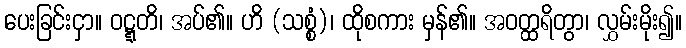
ပေးခြင်းငှာ။ ဝဋ္ဋတိ၊ အပ်၏။ ဟိ (သစ္စံ)၊ ထိုစကား မှန်၏။ အဝတ္ထရိတွာ၊ လွှမ်းမိုး၍။